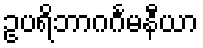
ဥပရိဘာဂင်္ဂမနီယာ